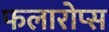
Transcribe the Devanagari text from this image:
फलारोप्स